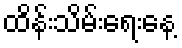
ထိန်းသိမ်းရေးနေ့